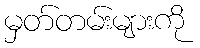
မှတ်တမ်းများကို